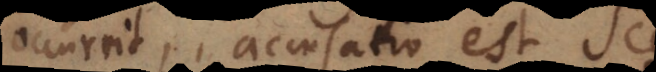
occurrit, accusatio est S